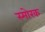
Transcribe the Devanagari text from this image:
स्माेरक